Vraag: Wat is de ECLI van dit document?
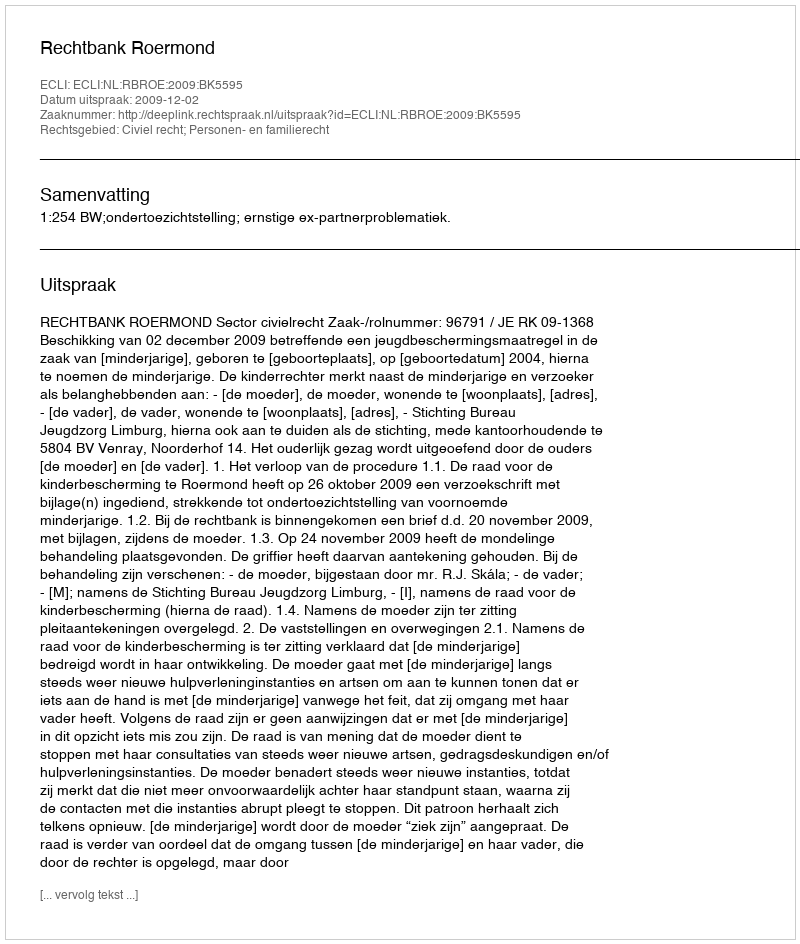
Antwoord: ECLI:NL:RBROE:2009:BK5595